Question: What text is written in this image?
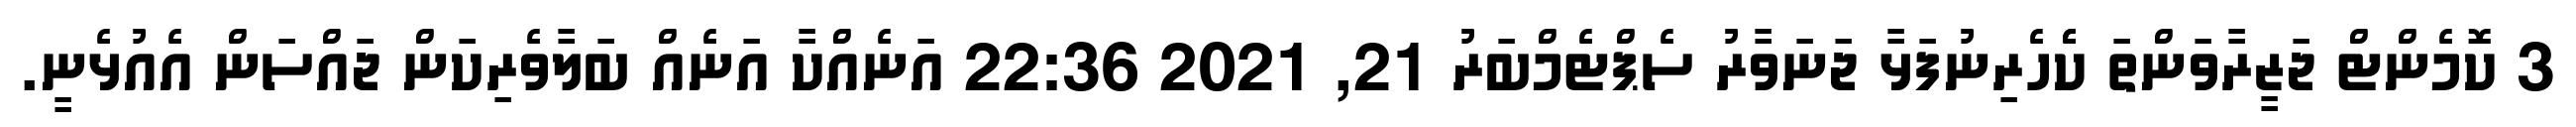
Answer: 3 ކޮމެންޓް ޖަޒީރާވަންތަ ކެެހެރިނުފަޅާ ޖަނަވާރު ސެޕްޓެމްބަރު 21, 2021 22:36 އަނެއްކާ އަނެއް ބަލާވެރިކަން ޖައްސަން އެއުޅެނީ.